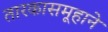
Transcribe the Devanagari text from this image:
तारकासमूहाने